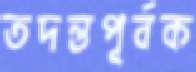
তদন্তপূর্বক